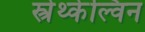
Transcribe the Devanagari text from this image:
स्त्रेथ्केल्विन